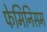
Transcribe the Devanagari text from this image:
फेमिनिसम